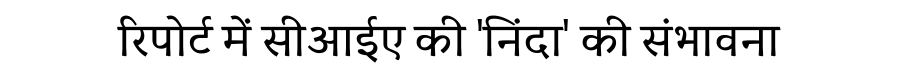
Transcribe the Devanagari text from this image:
रिपोर्ट में सीआईए की 'निंदा' की संभावना